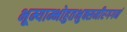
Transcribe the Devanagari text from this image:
भूम्याम्भोहुतभुक्समीरगगनं